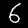
Digit: 6